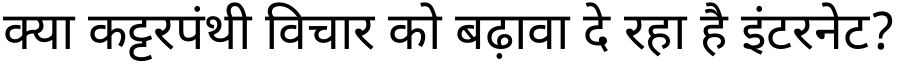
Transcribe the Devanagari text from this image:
क्या कट्टरपंथी विचार को बढ़ावा दे रहा है इंटरनेट?